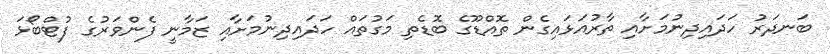
ބަނދަރު ހަދައިދިނުމަށާއި ތާރުއަޅައިގެން ތޮއްޑޫގެ ބޮޑެތި މަގުތައް ހަދައިދިނުމަށާއި ޒަމާނީ ފެންވަރުގެ ފުޓްބޯޅަ